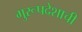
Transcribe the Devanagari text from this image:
गुरूपदेशाची